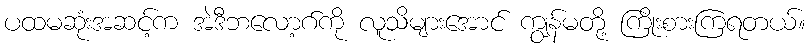
ပထမဆုံးအဆင့်က အဲဒီဘလော့ဂ်ကို လူသိများအောင် ကျွန်မတို့ ကြိုးစားကြရတယ်။